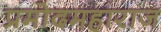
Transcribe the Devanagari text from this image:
प्रमोदमहाराज